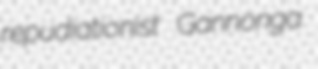
repudiationist Gannonga